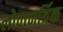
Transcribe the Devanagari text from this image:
लोक्त्नर्त्रिक